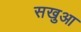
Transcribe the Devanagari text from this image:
सखुआ